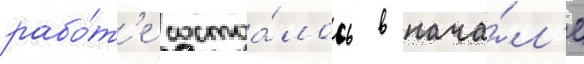
рабо́т'е состоа́лось в нача́л'е